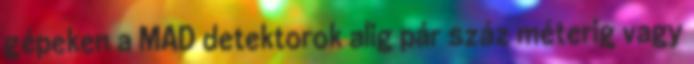
gépeken a MAD detektorok alig pár száz méterig vagy